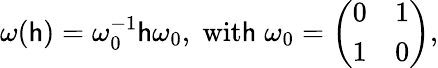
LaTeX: \omega(\mathsf{h})=\omega_{0}^{-1}\mathsf{h}\omega_{0},\; \mathrm{{wit\mathsf{h}}}\; \omega_{0}=\left(\begin{array}{cc}{{0}}&{{1}}\\ {{1}}&{{0}}\end{array}\right),